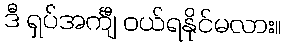
ဒီ ရှပ်အင်္ကျီ ဝယ်ရနိုင်မလား။